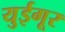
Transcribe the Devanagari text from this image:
युईगूर